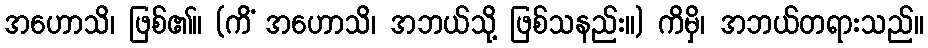
အဟောသိ၊ ဖြစ်၏။ (ကိံ အဟောသိ၊ အဘယ်သို့ ဖြစ်သနည်း။) ကိမှိ၊ အဘယ်တရားသည်။